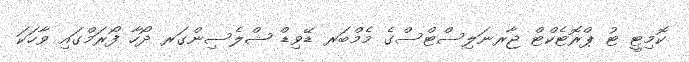
ކޮމިޓީ ޓު ޕްރޮޓެކްޓް ޖާރނަލިސްޓްސްގެ މެމްބަރ ޑޭވިޑް ޝްލެސިންގަރ ދޯހާ ފޯރަމްގައި ވާހަކަ